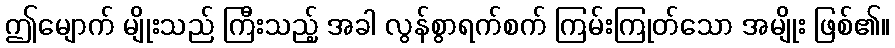
ဤမျောက် မျိုးသည် ကြီးသည့် အခါ လွန်စွာရက်စက် ကြမ်းကြုတ်သော အမျိုး ဖြစ်၏။